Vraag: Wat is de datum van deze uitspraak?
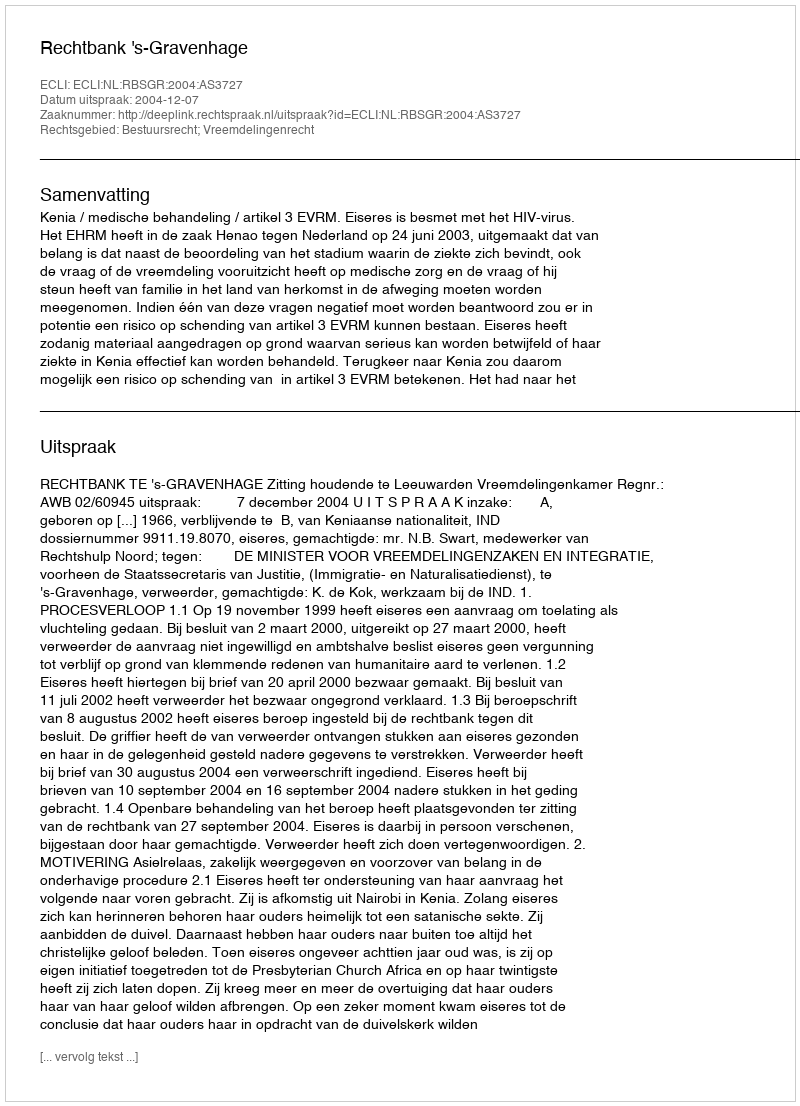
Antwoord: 2004-12-07